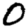
Digit: 0